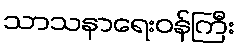
သာသနာရေးဝန်ကြီး